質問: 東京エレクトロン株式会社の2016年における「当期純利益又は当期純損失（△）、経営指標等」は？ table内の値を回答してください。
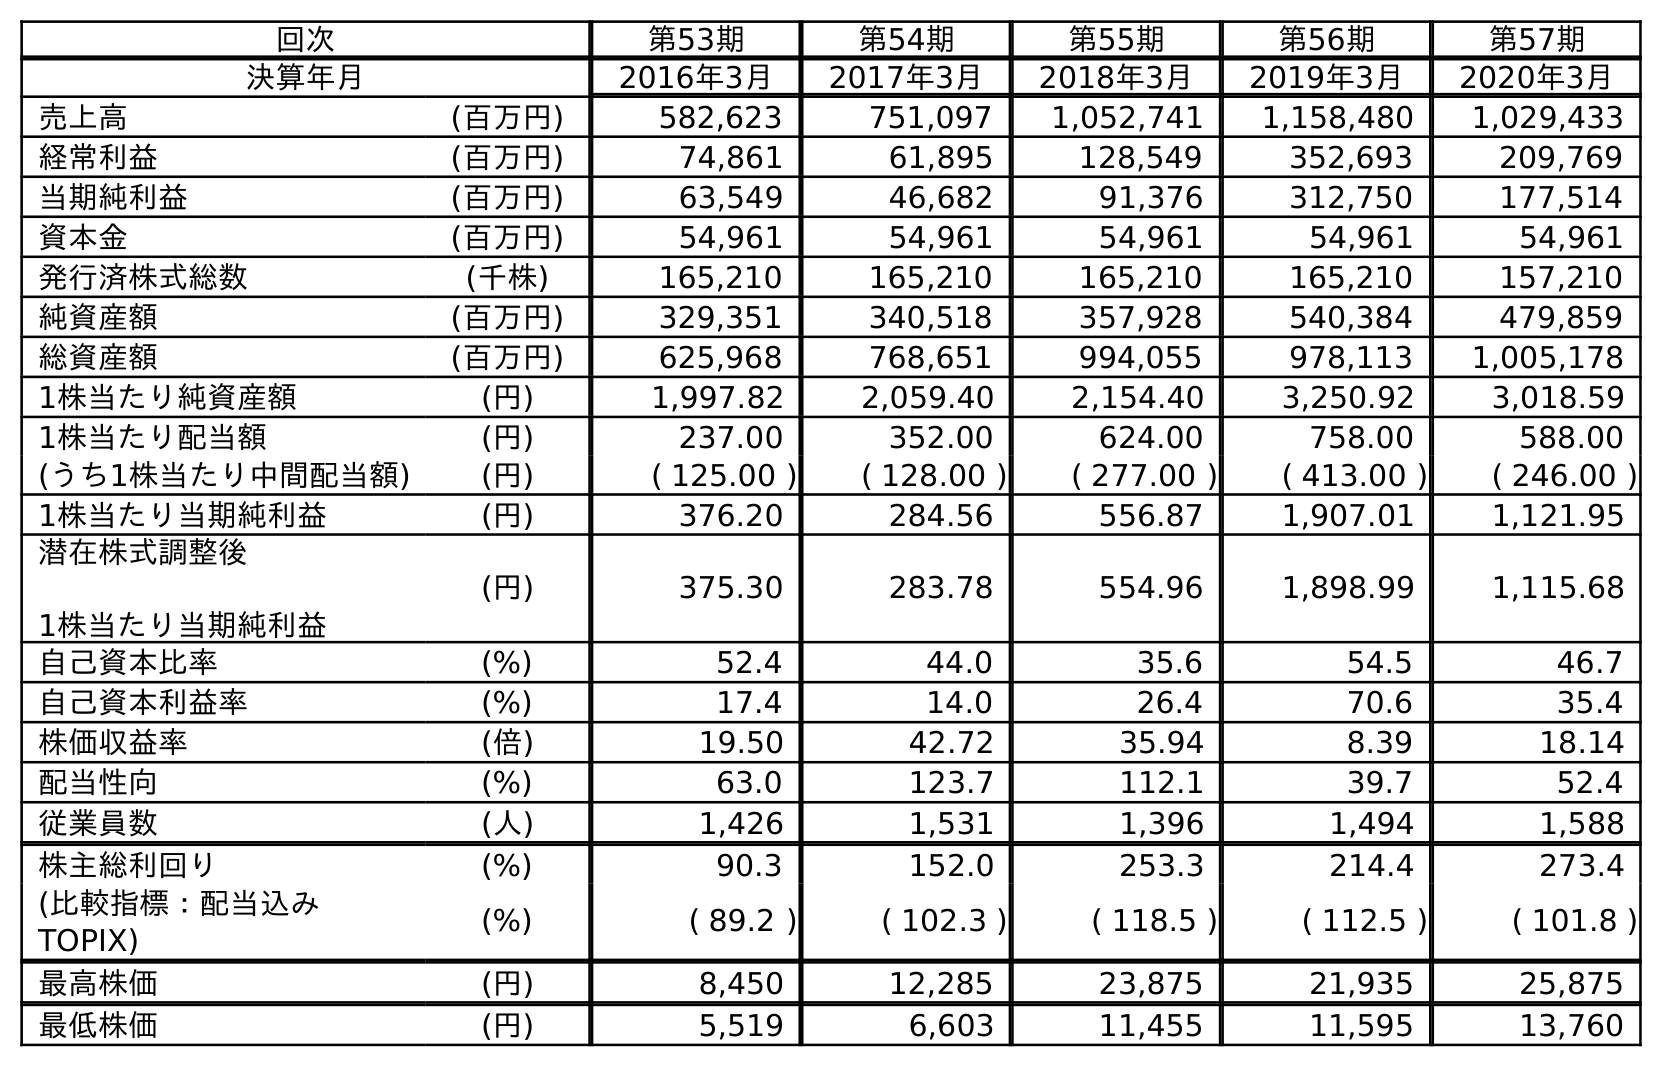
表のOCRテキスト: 回次 第53期 第54期 第55期 第56期 第57期 決算年月 2016年3月 2017年3月 2018年3月 2019年3月 2020年3月 売上高 (百万円) 582,623 751,097 1,052,741 1,158,480 1,029,433 経常利益 (百万円) 74,861 61,895 128,549 352,693 209,769 当期純利益 (百万円) 63,549 46,682 91,376 312,750 177,514 資本金 (百万円) 54,961 54,961 54,961 54,961 54,961 発行済株式総数 (千株) 165,210 165,210 165,210 165,210 157,210 純資産額 (百万円) 329,351 340,518 357,928 540,384 479,859 総資産額 (百万円) 625,968 768,651 994,055 978,113 1,005,178 1株当たり純資産額 (円) 1,997.82 2,059.40 2,154.40 3,250.92 3,018.59 1株当たり配当額 (円) 237.00 352.00 624.00 758.00 588.00 (うち1株当たり中間配当額) (円) ( 125.00 ) ( 128.00 ) ( 277.00 ) ( 413.00 ) ( 246.00 ) 1株当たり当期純利益 (円) 376.20 284.56 556.87 1,907.01 1,121.95 潜在株式調整後 1株当たり当期純利益 (円) 375.30 283.78 554.96 1,898.99 1,115.68 自己資本比率 (%) 52.4 44.0 35.6 54.5 46.7 自己資本利益率 (%) 17.4 14.0 26.4 70.6 35.4 株価収益率 (倍) 19.50 42.72 35.94 8.39 18.14 配当性向 (%) 63.0 123.7 112.1 39.7 52.4 従業員数 (人) 1,426 1,531 1,396 1,494 1,588 株主総利回り (%) 90.3 152.0 253.3 214.4 273.4 (比較指標：配当込み TOPIX) (%) ( 89.2 ) ( 102.3 ) ( 118.5 ) ( 112.5 ) ( 101.8 ) 最高株価 (円) 8,450 12,285 23,875 21,935 25,875 最低株価 (円) 5,519 6,603 11,455 11,595 13,760
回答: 63,549